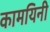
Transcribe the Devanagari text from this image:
कामयिनी